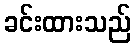
ခင်းထားသည်